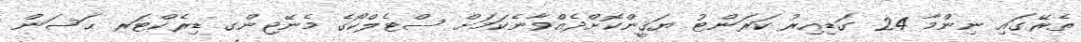
ތެރޭގައި ނިންމާ 24 ގަޑިއިރު ކަރަންޓު ޔަޤީންކޮށްދެއްވާނެކަމަށް ސްޓެލްކޯގެ މެނޭޖިންގ ޑިރެކްޓަރ ޙަސަން